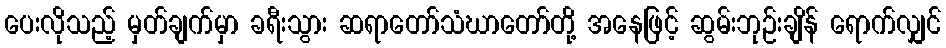
ပေးလိုသည့် မှတ်ချက်မှာ ခရီးသွား ဆရာတော်သံဃာတော်တို့ အနေဖြင့် ဆွမ်းဘုဉ်းချိန် ရောက်လျှင်